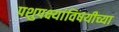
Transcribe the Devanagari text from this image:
पशुपक्ष्यांविषयीच्या